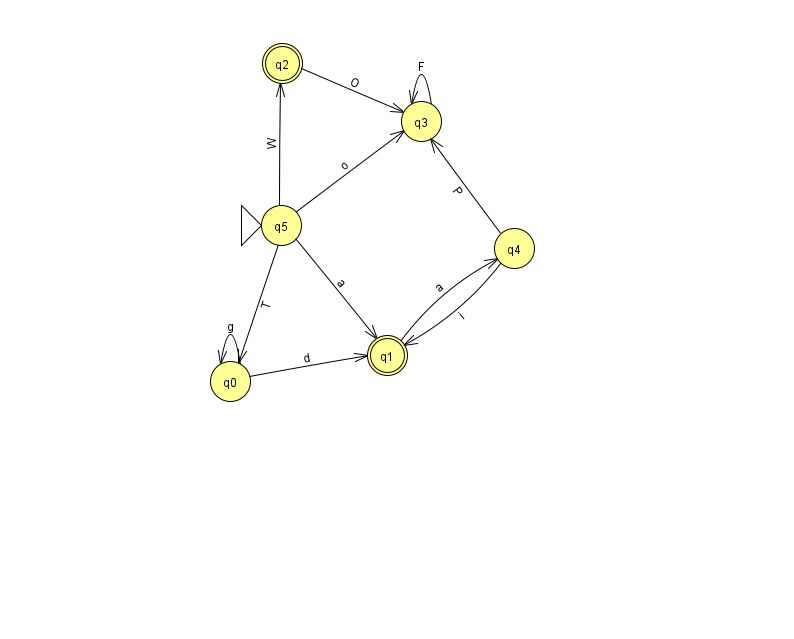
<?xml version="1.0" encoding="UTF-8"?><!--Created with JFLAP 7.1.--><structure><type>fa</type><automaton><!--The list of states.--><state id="0" name="q0"><x>230.0</x><y>368.0</y></state><state id="1" name="q1"><x>387.0</x><y>342.0</y><final/></state><state id="2" name="q2"><x>282.0</x><y>50.0</y><final/></state><state id="3" name="q3"><x>421.0</x><y>108.0</y></state><state id="4" name="q4"><x>514.0</x><y>235.0</y></state><state id="5" name="q5"><x>281.0</x><y>212.0</y><initial/></state><!--The list of transitions.--><transition><from>4</from><to>1</to><read>i</read></transition><transition><from>0</from><to>1</to><read>d</read></transition><transition><from>3</from><to>3</to><read>F</read></transition><transition><from>5</from><to>2</to><read>W</read></transition><transition><from>5</from><to>3</to><read>o</read></transition><transition><from>0</from><to>0</to><read>g</read></transition><transition><from>2</from><to>3</to><read>O</read></transition><transition><from>5</from><to>1</to><read>a</read></transition><transition><from>4</from><to>3</to><read>P</read></transition><transition><from>1</from><to>4</to><read>a</read></transition><transition><from>5</from><to>0</to><read>T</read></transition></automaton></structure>